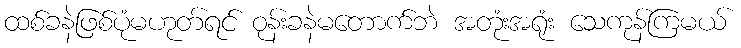
ထစ်ခနဲဖြစ်ပုံမဟုတ်ရင် ဝုန်းခနဲမတောက်ဘဲ အတုံးအရုံး သေကုန်ကြမယ်